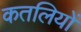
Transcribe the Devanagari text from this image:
कतलियों